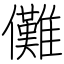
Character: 儺